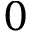
0